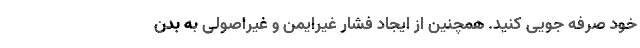
خود صرفه جویی کنید. همچنین از ایجاد فشار غیرایمن و غیراصولی به بدن